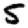
Digit: 5